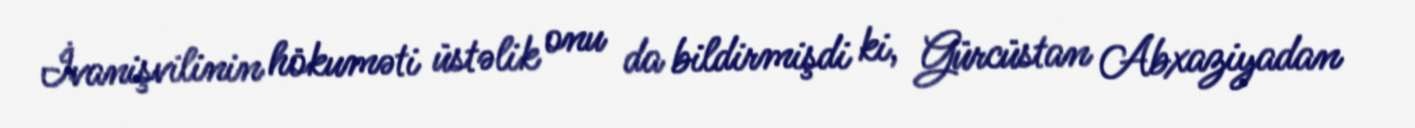
İvanişvilinin hökuməti üstəlik onu da bildirmişdi ki, Gürcüstan Abxaziyadan